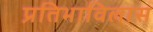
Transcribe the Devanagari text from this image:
प्रतिभाविलास